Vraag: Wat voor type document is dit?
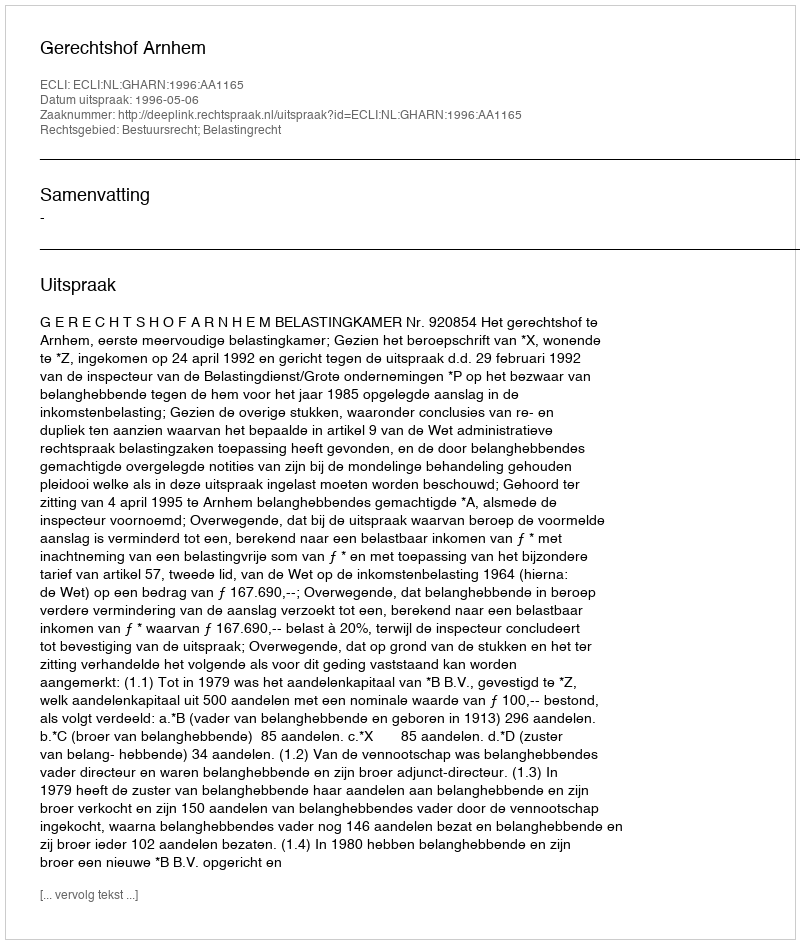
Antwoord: Uitspraak